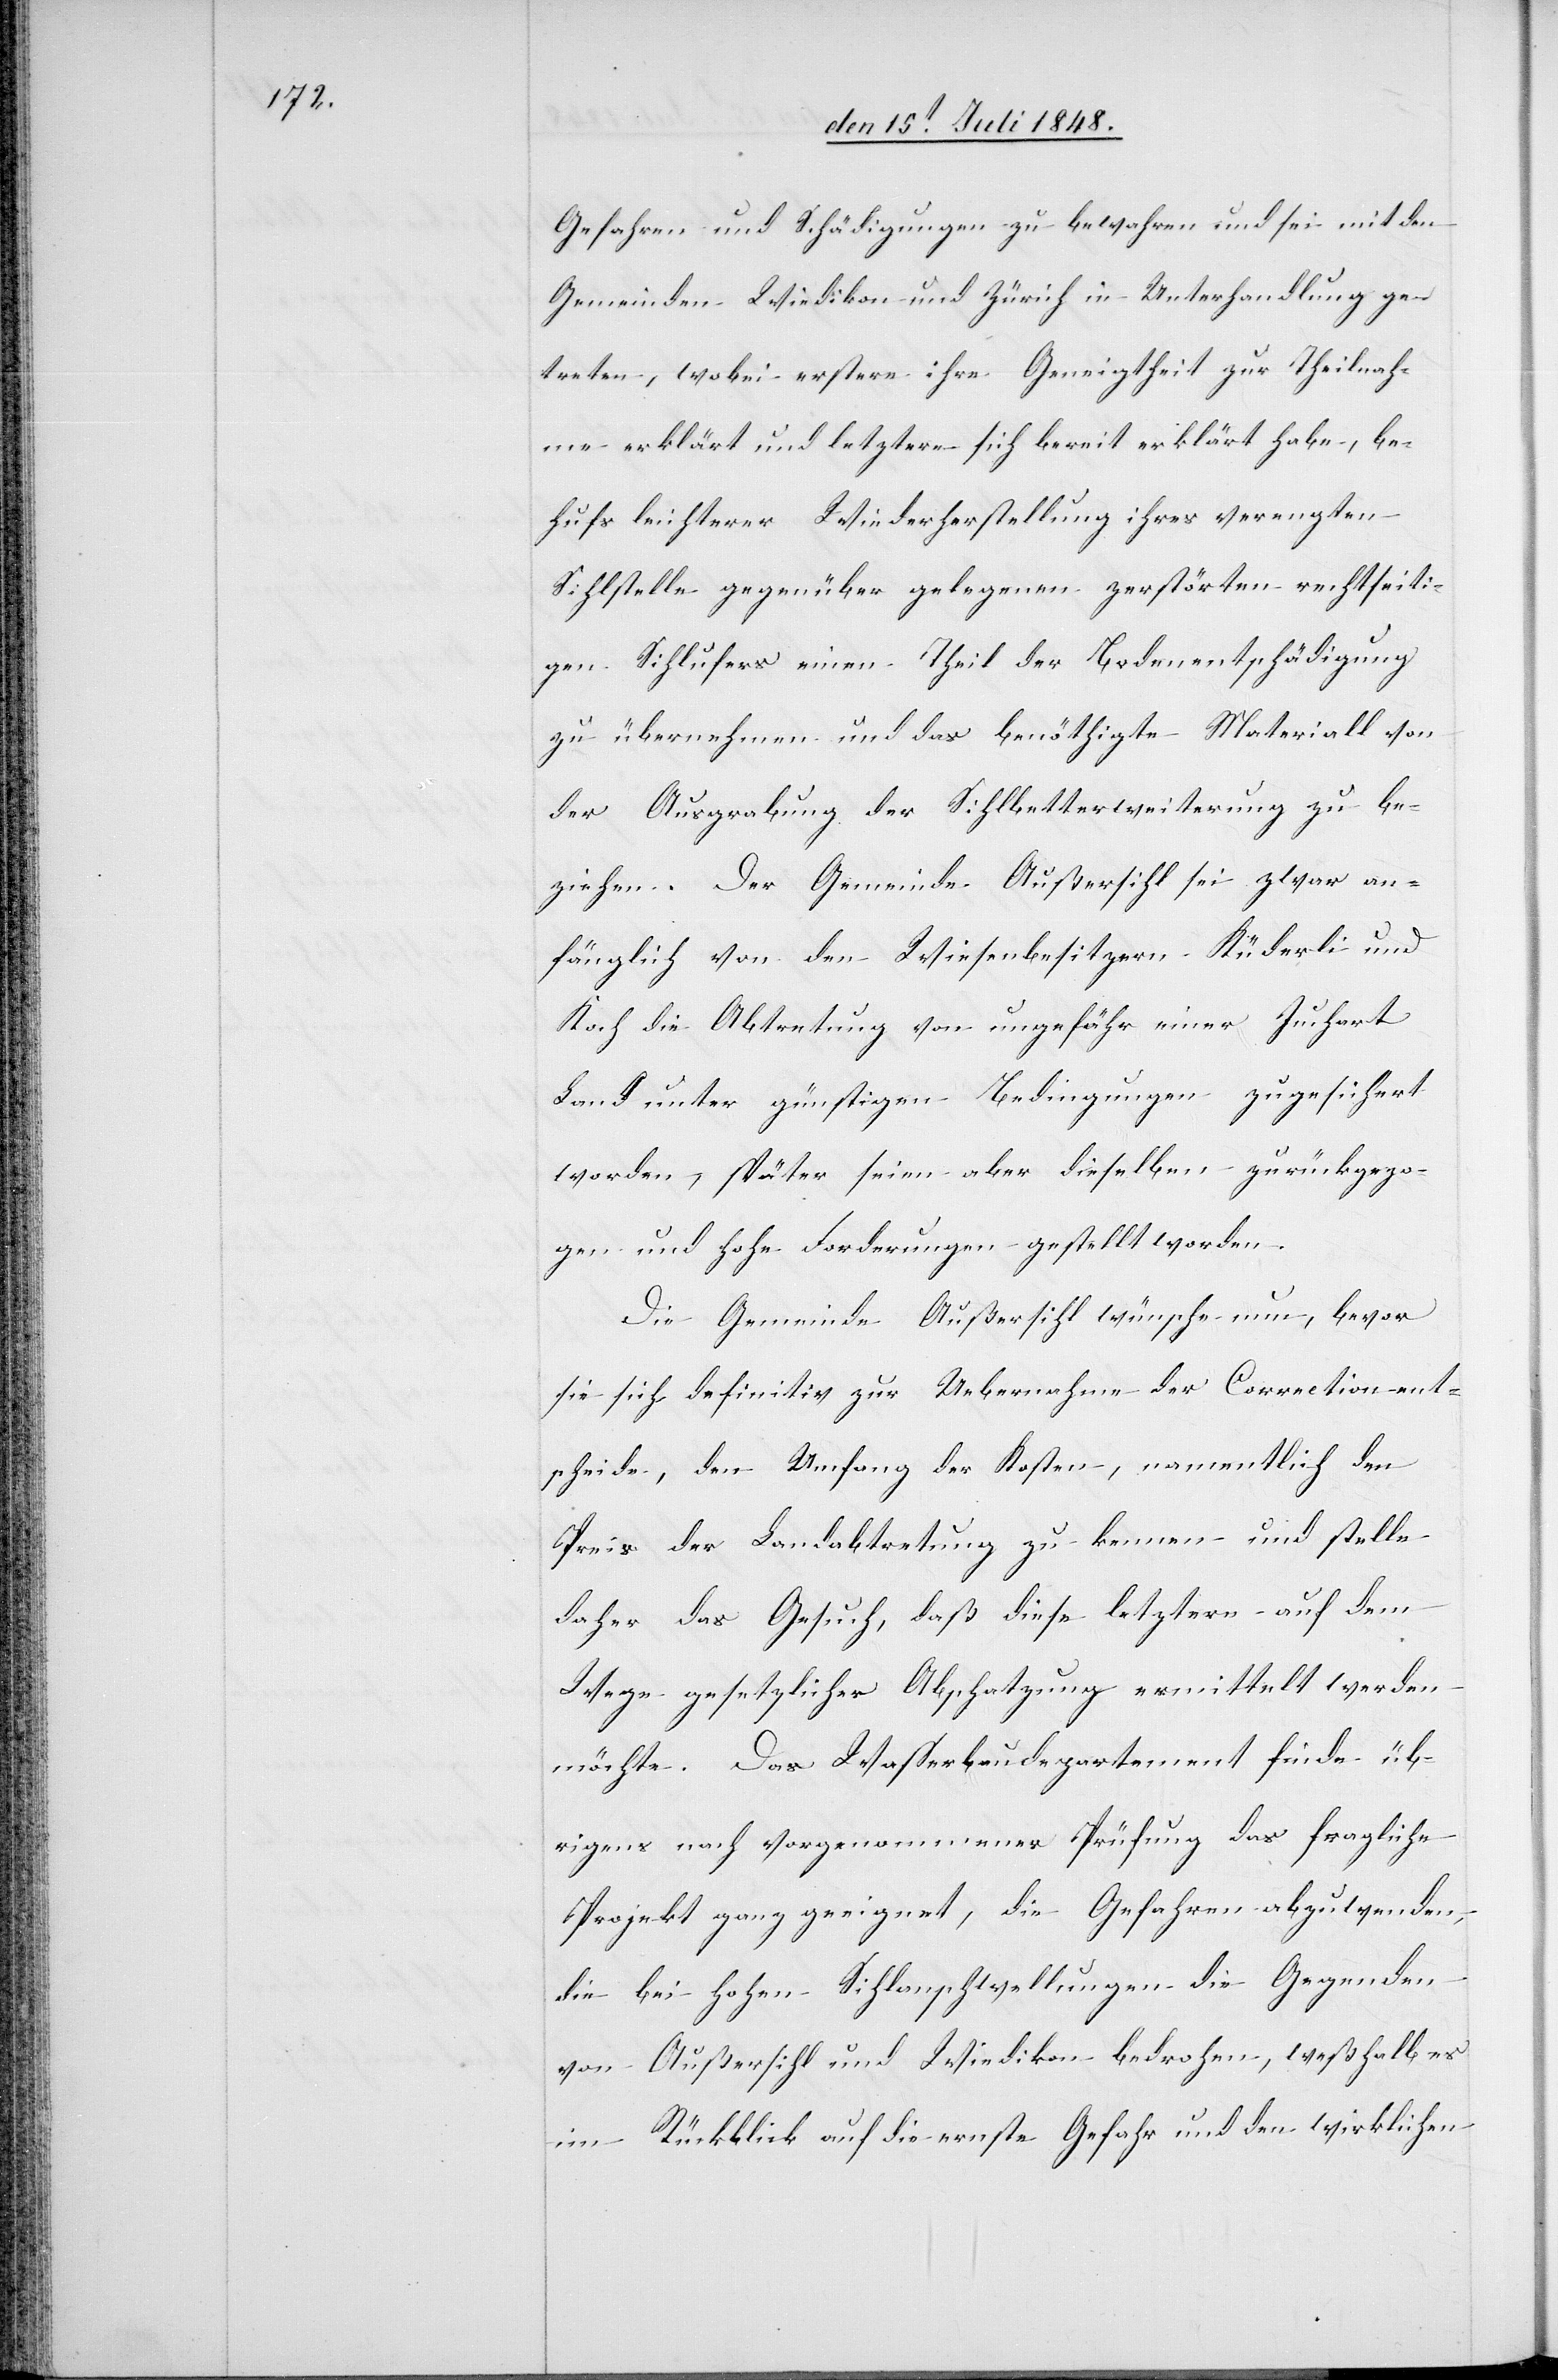
Gefahren und Schädigungen zu bewahren und sei mit den
Gemeinden Wiedikon und Zürich in Unterhandlungen ge¬
treten, wobei erstere ihre Geneigtheit zur Theilnah¬
me erklärt und letztere sich bereit erklärt habe, be¬
hufs leichterer Wiederherstellung ihres [sic!] verengten
Sihlstelle gegenüber gelegenen zerstörten rechtseiti¬
gen Sihlufers einen Theil der Bodenentschädigung
zu übernehmen und das benöthigte Materiall von
der Ausgrabung der Sihlbetterweiterung zu be¬
ziehen. Der Gemeinde Außersihl sei zwar an¬
fänglich von den Wiesenbesitzern Küderli und
Koch die Abtretung von ungefähr einer Juchart
Land unter günstigen Bedingungen zugesichert
worden, später seien aber dieselben zurückgezo¬
gen und hohe Forderungen gestellt worden.
Die Gemeinde Außersihl wünsche nun, bevor
sie sich definitiv zur Uebernahme der Correction ent¬
scheide, den Umfang der Kosten, namentlich den
Preis der Landabtretung zu kennen und stelle
daher das Gesuch, daß diese letztere auf dem
Wege gesetzlicher Abschatzung ermittelt werden
möchte. Das Wasserbaudepartement finde üb¬
rigens nach vorgenommener Prüfung das fragliche
Projekt ganz geeignet, die Gefahren abzuwenden,
die bei hohen Sihlanschwellungen die Gegenden
von Außersihl und Wiedikon bedrohen, weßhalb es
im Rückblick auf die ernste Gefahr und den wirklichen